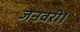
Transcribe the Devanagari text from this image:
जनवरी।